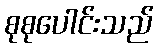
စုစုပေါင်းသည်